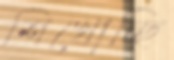
শিখোচ্ছি